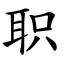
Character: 职